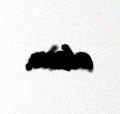
olsun.